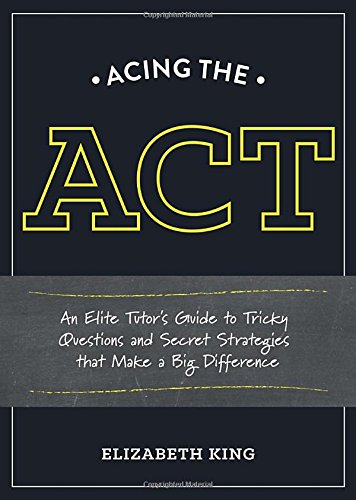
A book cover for Acing the ACT: An Elite Tutor's Guide to Tricky Questions and Secret Strategies that Make a Big Difference; Elizabeth King; Test Preparation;